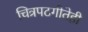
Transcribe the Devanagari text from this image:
चित्रपटगीतेही